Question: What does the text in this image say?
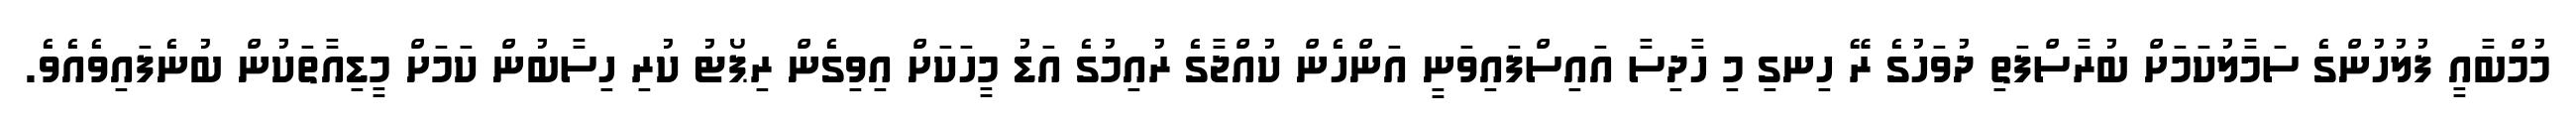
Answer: މުމްބާއީ ފުލުހުންގެ ސަމާލުކަމަށް ބުރާސްފަތި ދުވަހުގެ ރޭ ހިނގި މި ހާދިސާ އައިސްފައިވަނީ އަންހެން ކުއްޖާގެ ރުއިމުގެ އަޑު މީހަކަށް އިވިގެން ރިޕޯޓު ކުރި ހިސާބުން ކަމަށް މީޑިއާތަކުން ބުނެފައިވެއެވެ.